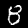
Digit: 8